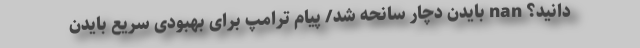
دانید؟ nan بایدن دچار سانحه شد/ پیام ترامپ برای بهبودی سریع بایدن